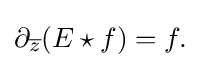
\displaystyle {\partial _{\overline {z}}(E\star f)=f.}